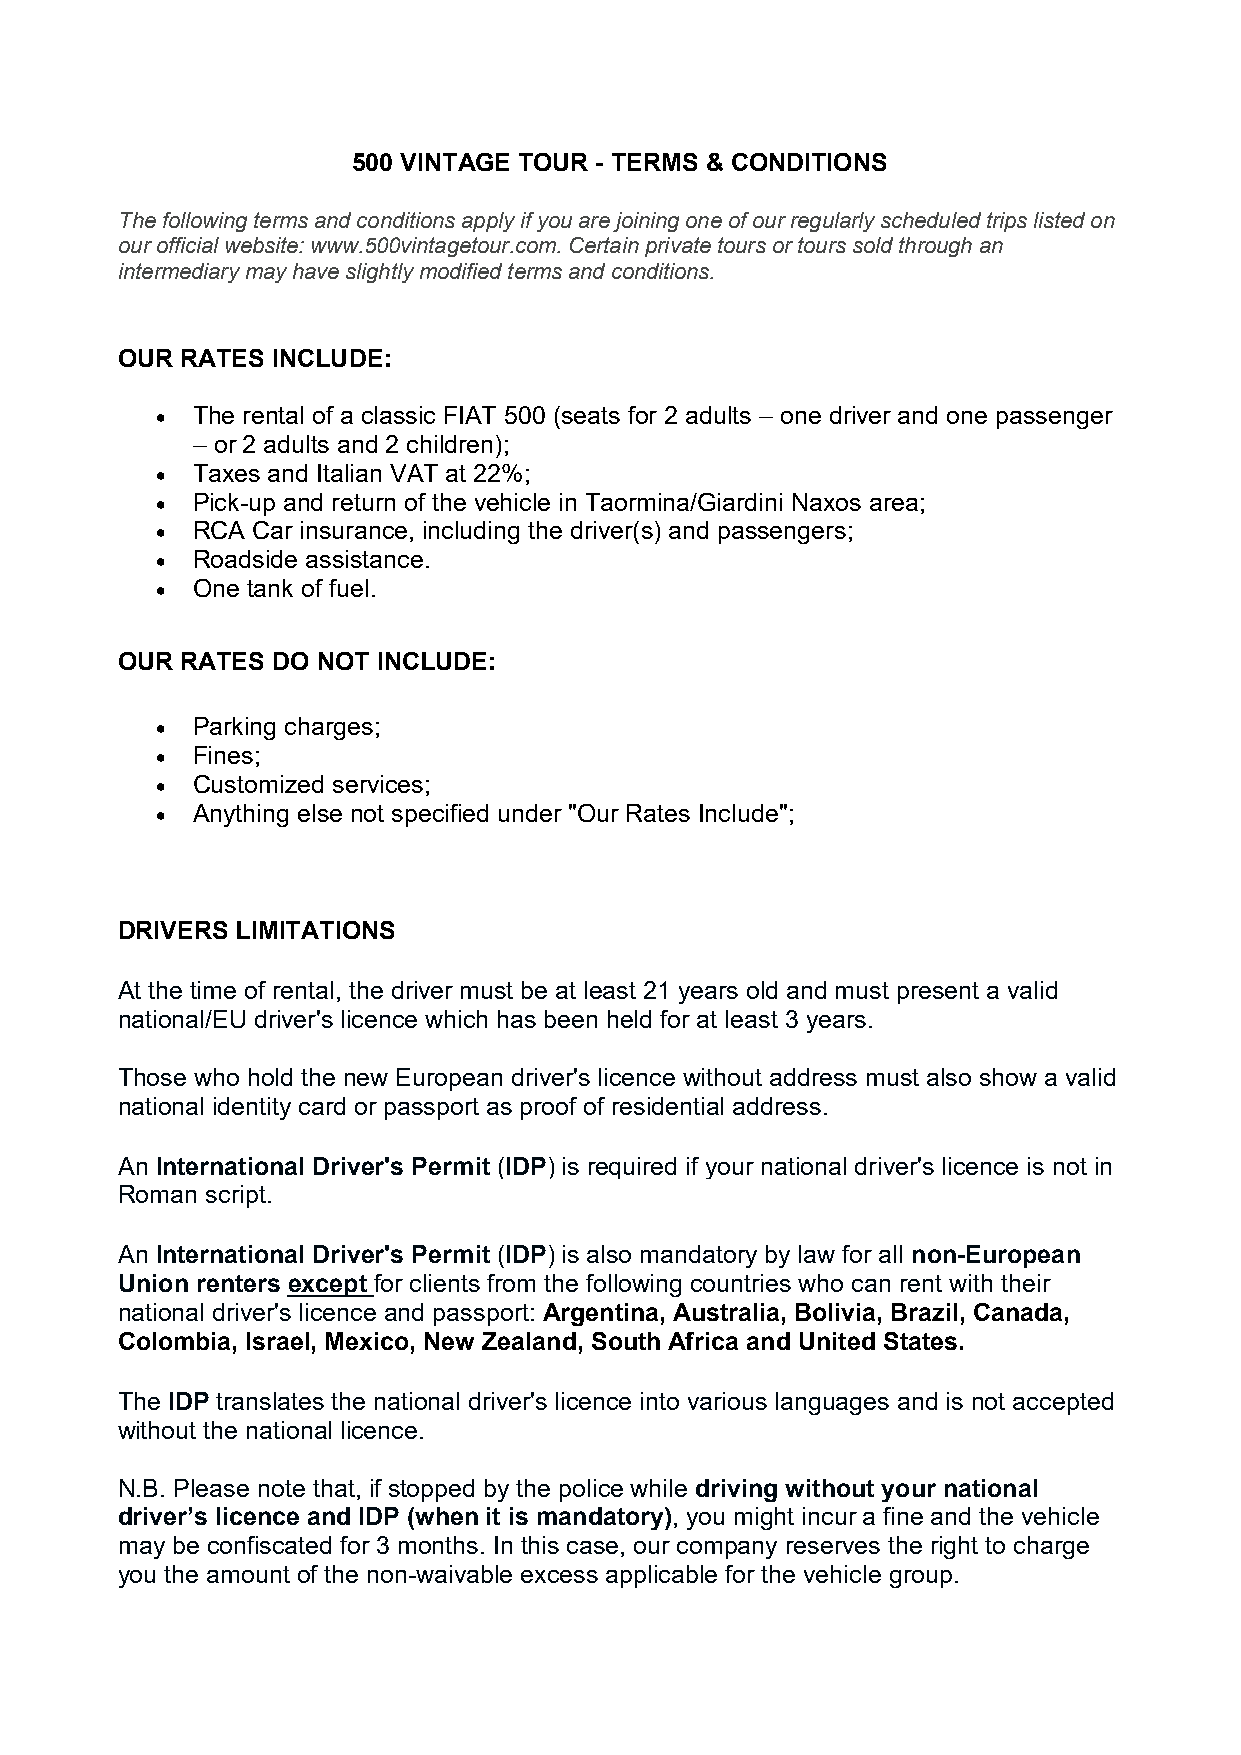
500 VINTAGE TOUR - TERMS & CONDITIONS
 The following terms and conditions apply if you are joining one of our regularly scheduled trips listed on
 our official website: www.500vintagetour.com. Certain private tours or tours sold through an
 intermediary may have slightly modified terms and conditions.
 OUR RATES INCLUDE:
   The rental of a classic FIAT 500 (seats for 2 adults – one driver and one passenger
 – or 2 adults and 2 children);
   Taxes and Italian VAT at 22%;
   Pick-up and return of the vehicle in Taormina/Giardini Naxos area;
   RCA Car insurance, including the driver(s) and passengers;
   Roadside assistance.
   One tank of fuel.
 OUR RATES DO NOT INCLUDE:
   Parking charges;
   Fines;
   Customized services;
   Anything else not specified under "Our Rates Include";
 DRIVERS LIMITATIONS
 At the time of rental, the driver must be at least 21 years old and must present a valid
 national/EU driver's licence which has been held for at least 3 years.
 Those who hold the new European driver's licence without address must also show a valid
 national identity card or passport as proof of residential address.
 An International Driver's Permit (IDP) is required if your national driver's licence is not in
 Roman script.
 An International Driver's Permit (IDP) is also mandatory by law for all non-European
 Union renters except for clients from the following countries who can rent with their
 national driver's licence and passport: Argentina, Australia, Bolivia, Brazil, Canada,
 Colombia, Israel, Mexico, New Zealand, South Africa and United States.
 The IDP translates the national driver's licence into various languages and is not accepted
 without the national licence.
 N.B. Please note that, if stopped by the police while driving without your national
 driver’s licence and IDP (when it is mandatory), you might incur a fine and the vehicle
 may be confiscated for 3 months. In this case, our company reserves the right to charge
 you the amount of the non-waivable excess applicable for the vehicle group.